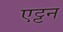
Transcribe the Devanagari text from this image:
एट्टन